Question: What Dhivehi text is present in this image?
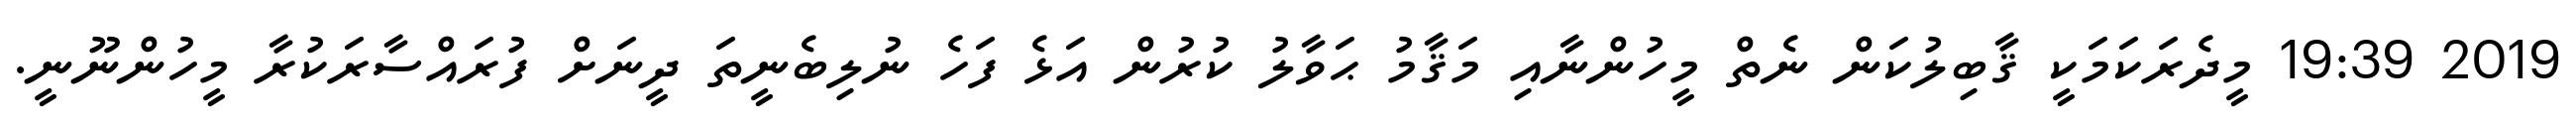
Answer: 2019 19:39 މީދެރަކަމަކީ ޤާބިލުކަން ނެތް މީހުންނާއި މަޤާމު ޙަވާލު ކުރުން އަޅެ ފަހެ ނުލިބެނީތަ ދީނަށް ފުރައްސާރަކުރާ މީހުންނޫނީ.